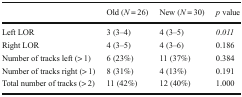
|  | Old (N = 26) | New (N = 30) | p value |
 | --- | --- | --- | --- |
 | Left LOR | 3 (3–4) | 4 (3–5) | 0.011 |
 | Right LOR | 4 (3–5) | 4 (3–6) | 0.186 |
 | Number of tracks left (> 1) | 6 (23%) | 11 (37%) | 0.384 |
 | Number of tracks right (> 1) | 8 (31%) | 4 (13%) | 0.191 |
 | Total number of tracks (> 2) | 11 (42%) | 12 (40%) | 1.000 |